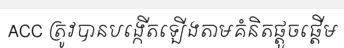
ACC ត្រូវបានបង្កើតឡើងតាមគំនិតផ្តួចផ្តើម